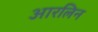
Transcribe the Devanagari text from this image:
आरलिन